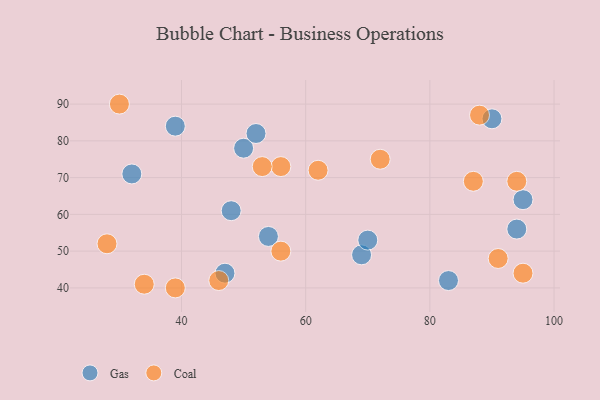
{"axis": {"x": "GDP", "y": "Life Expectancy"}, "legend": ["Coal", "Gas"], "data": [{"x": "32", "y": 71, "type": "Gas"}, {"x": "83", "y": 42, "type": "Gas"}, {"x": "94", "y": 56, "type": "Gas"}, {"x": "39", "y": 84, "type": "Gas"}, {"x": "50", "y": 78, "type": "Gas"}, {"x": "52", "y": 82, "type": "Gas"}, {"x": "48", "y": 61, "type": "Gas"}, {"x": "54", "y": 54, "type": "Gas"}, {"x": "95", "y": 64, "type": "Gas"}, {"x": "69", "y": 49, "type": "Gas"}, {"x": "70", "y": 53, "type": "Gas"}, {"x": "47", "y": 44, "type": "Gas"}, {"x": "90", "y": 86, "type": "Gas"}, {"x": "34", "y": 41, "type": "Coal"}, {"x": "39", "y": 40, "type": "Coal"}, {"x": "72", "y": 75, "type": "Coal"}, {"x": "28", "y": 52, "type": "Coal"}, {"x": "30", "y": 90, "type": "Coal"}, {"x": "91", "y": 48, "type": "Coal"}, {"x": "87", "y": 69, "type": "Coal"}, {"x": "56", "y": 50, "type": "Coal"}, {"x": "56", "y": 73, "type": "Coal"}, {"x": "53", "y": 73, "type": "Coal"}, {"x": "46", "y": 42, "type": "Coal"}, {"x": "95", "y": 44, "type": "Coal"}, {"x": "94", "y": 69, "type": "Coal"}, {"x": "62", "y": 72, "type": "Coal"}, {"x": "88", "y": 87, "type": "Coal"}]}